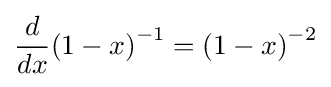
{\frac {d}{dx}}{(1-x)}^{-1}={(1-x)}^{-2}